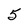
Character: 5